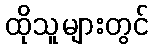
ထိုသူများတွင်